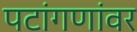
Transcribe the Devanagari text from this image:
पटांगणांवर